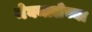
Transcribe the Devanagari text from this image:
मेघमालेच्या